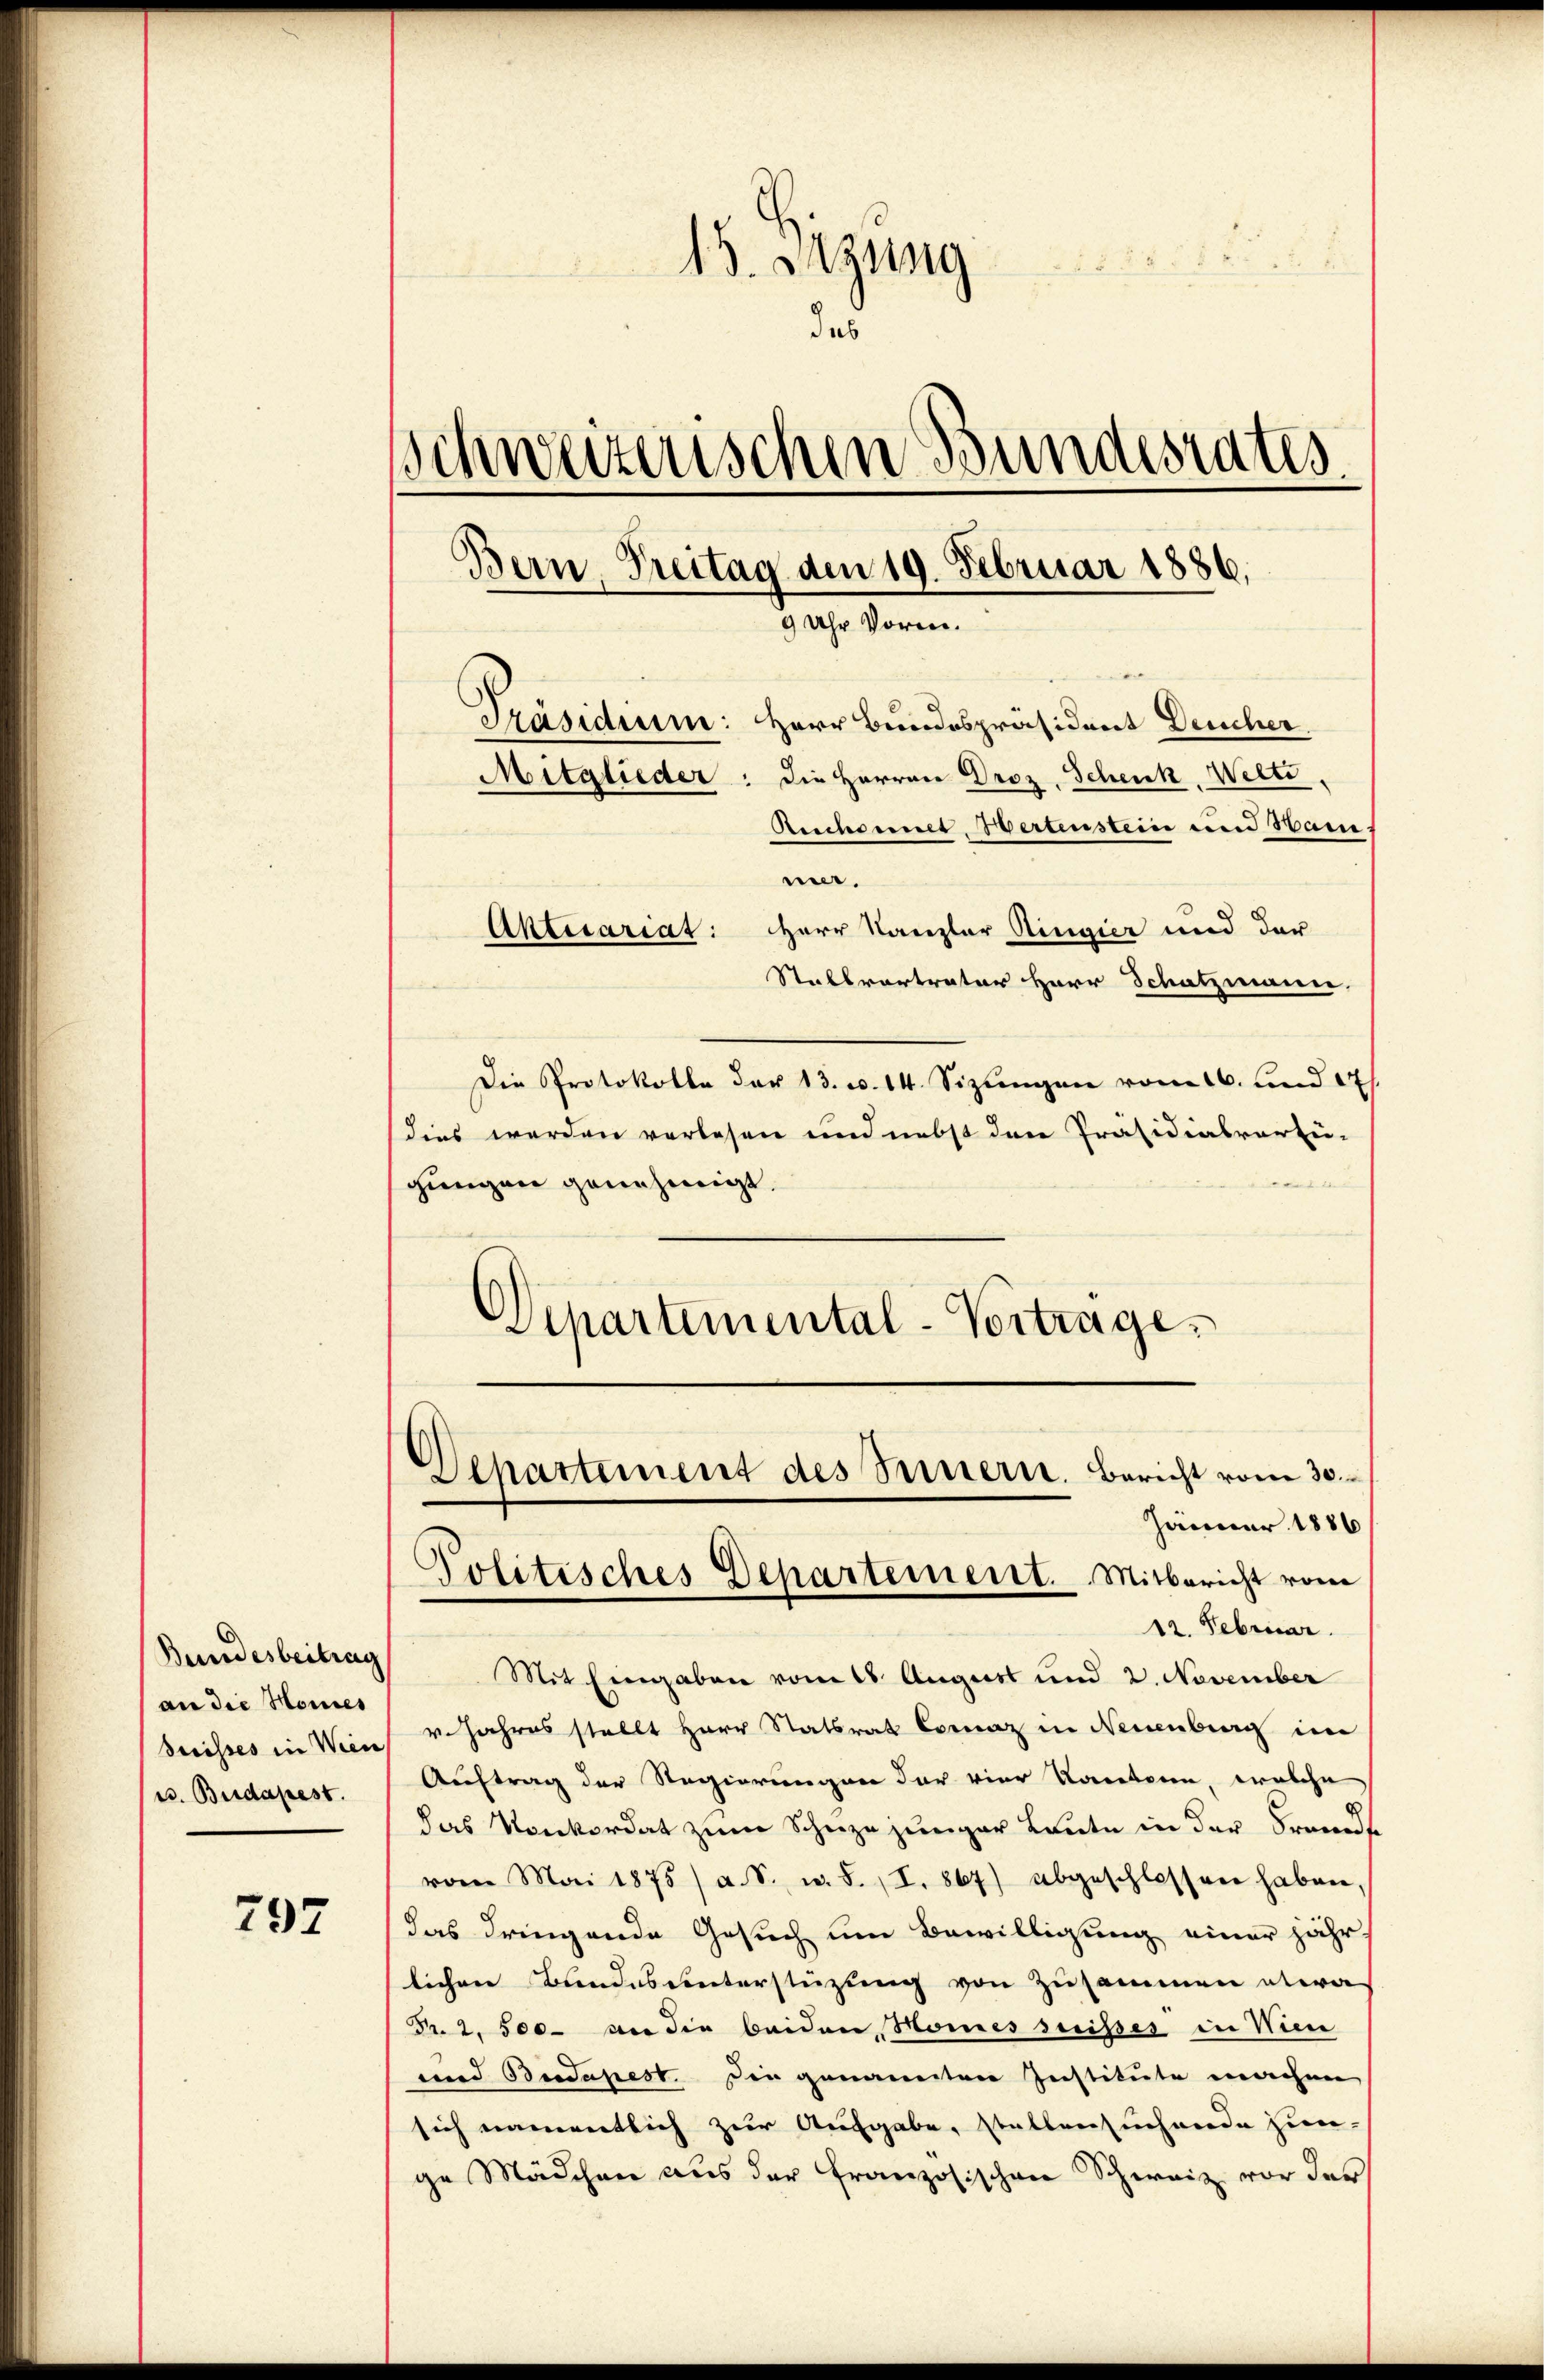
Bundesbeitrag
an die Homes
Suisses in Wien
u. Budapest.

797

u
13. Sitzung
u
des
Schweizerischen Bundesrates
Bern, Freitag den 19. Februar 1886.
9 Uhr Vorm.
Präsidium: Herr Bundespräsident Deucher
Mitglieder: die Herren Droz. Schenk, Welti,
Auch mit Wertenstein und Dami
me.

Aktesariat: Herr Kanzler Ringier und der
Stabsvertrater Herr Schatzmann.
Die Protokolle der 13. u. 14. Sizungen vom 16. und 17.
dies werden verlesen und nebst den Präsidialverfü-
t
gungen genehmigt.
Departemental-Vortrage.

Mit Eingaben vom 18. August und 2. November
v. Jahres stellt Herr Statsrat Comaz in Neuenburg im
Auftrag der Regierungen der vier Kantone, welche
das Konkordat zum Schuze jünger Leute in der Frante
vom Mai 1875 / a. S. u. S. I. 867) abgeschlossen haben,
das dringende Gesuch um Bewilligung einer jähr
lichen Bundes unterstüzung von Zusammen etwa
Nr. 2. 500 an die beiden Momes suisses in Wien
und Besdapest. Die genannten Institute machen
sich namentlich zur Aufgabe, stellensuchende zum
ge Mädchen aus der Französischen Schweiz vor der

Departement des Seinern. Bericht vom 30.
Jänner 1886
Politisches Departement. Mitbericht vom
12. Februar.